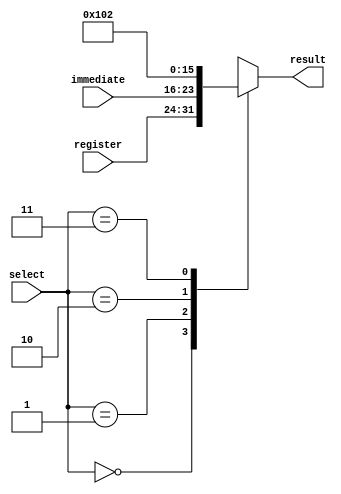
module op2_mux (input [1:0] select, input [7:0] register, immediate, output reg [7:0] result);
	
	always@(*)
		begin
			case(select)
				2'b00: result <= register;
				2'b01: result <= immediate;
				2'b10: result <= 8'b00000001;
				2'b11: result <= 8'b00000010;
			endcase
		end
		
endmodule